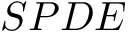
S P D E